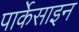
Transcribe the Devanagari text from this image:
पार्केसाइन